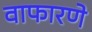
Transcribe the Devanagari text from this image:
वाफारणे